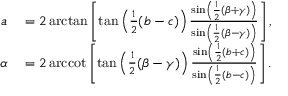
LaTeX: \begin{array} { r l } { a } & { { } = 2 \arctan \left[ \tan \left( { \frac { 1 } { 2 } } ( b - c ) \right) { \frac { \sin \left( { \frac { 1 } { 2 } } ( \beta + \gamma ) \right) } { \sin \left( { \frac { 1 } { 2 } } ( \beta - \gamma ) \right) } } \right] , } \\ { \alpha } & { { } = 2 \operatorname { a r c c o t } \left[ \tan \left( { \frac { 1 } { 2 } } ( \beta - \gamma ) \right) { \frac { \sin \left( { \frac { 1 } { 2 } } ( b + c ) \right) } { \sin \left( { \frac { 1 } { 2 } } ( b - c ) \right) } } \right] . } \end{array}